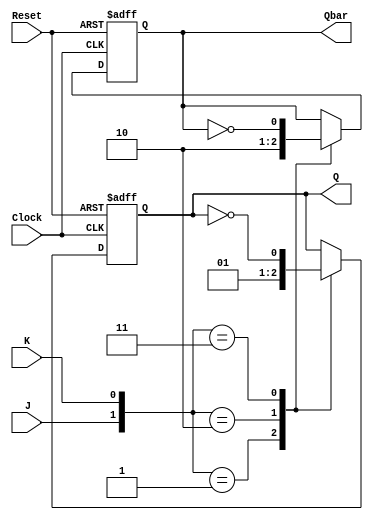
module neg_edge_JK_FF (
    input J,
    input K,
    input Clock,
    input Reset,
    output reg Q,
    output reg Qbar
    );

always @(negedge Clock or posedge Reset)
begin
    if (Reset)
    begin
        Q <= 0;
        Qbar <= 1;
    end
    else
    begin
        case({J, K})
            2'b00: ; // No change in state
            2'b01: // Reset
            begin
                Q <= 0;
                Qbar <= 1;
            end
            2'b10: // Set
            begin
                Q <= 1;
                Qbar <= 0;
            end
            2'b11: // Toggle
            begin
                Q <= ~Q;
                Qbar <= ~Qbar;
            end
        endcase
    end
end

endmodule